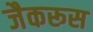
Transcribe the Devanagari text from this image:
जैकरूस